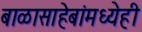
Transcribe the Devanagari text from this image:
बाळासाहेबांमध्येही